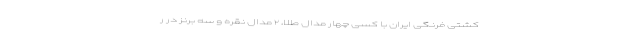
کشتی فرنگی ایران با کسی چهار مدال طلا، ۲ مدال نقره و سه برنز در ر